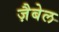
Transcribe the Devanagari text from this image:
ज़ैबेल